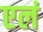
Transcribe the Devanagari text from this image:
एलं